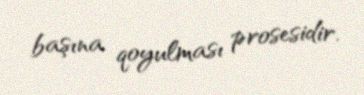
başına qoyulması prosesidir.